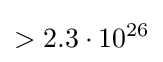
>2.3\cdot 10^{26}